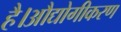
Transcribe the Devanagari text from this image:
है।औद्योगीकरण